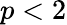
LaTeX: p<2